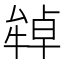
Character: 𤚷